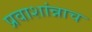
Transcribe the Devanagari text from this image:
प्रवाशांन्नाच